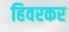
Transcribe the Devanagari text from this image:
हिवरकर